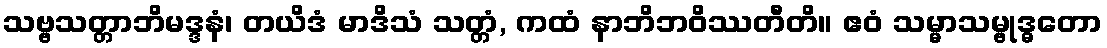
သဗ္ဗသတ္တာဘိမဒ္ဒနံ၊ တယိဒံ မာဒိသံ သတ္တံ, ကထံ နာဘိဘဝိဿတီတိ။ ဧဝံ သမ္မာသမ္ဗုဒ္ဓတော